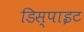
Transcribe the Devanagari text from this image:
डिस्पाइट